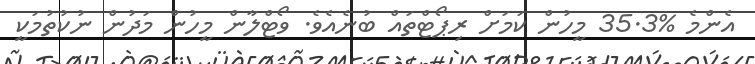
އެންމެ %35.3 މީހުން ކަމަށް ރިޕޯޓްތައް ބުނެއެވެ. ވޯޓްލާން މީހުން މަދުން ނުކުތުމަކީ